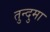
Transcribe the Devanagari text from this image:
तुन्दुमा